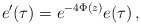
\begin{align*}e'(\tau)=e^{-4\Phi(z)}e(\tau)\,,\end{align*}